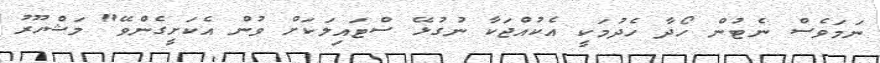
ނަމަވެސް ނެޓުން ހޯދާ ހެދުމަކީ އެކުއްޖަކާ ނުގުޅޭ ސްޓައިލަކަށް ވުން އެކަށީގެންވޭ" މަޝްހޫރު